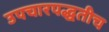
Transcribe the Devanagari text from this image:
उपचारपद्धतीच